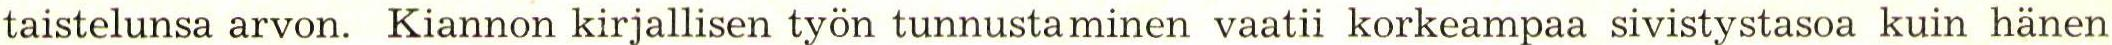
taistelunsa arvon. Kiannon kirjallisen työn tunnustaminen vaatii korkeampaa sivistystasoa kuin hänen